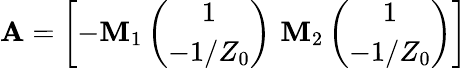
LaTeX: \mathbf A=\left[-\mathbf M_{1}\left(\begin{array}{c}{1}\\ {-1/Z_{0}}\end{array}\right)\, \, \mathbf M_{2}\left(\begin{array}{c}{1}\\ {-1/Z_{0}}\end{array}\right)\right]